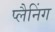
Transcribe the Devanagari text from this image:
प्‍लैनिंग